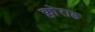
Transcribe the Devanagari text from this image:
क्लोराड